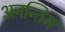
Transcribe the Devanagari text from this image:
अनन्तिम